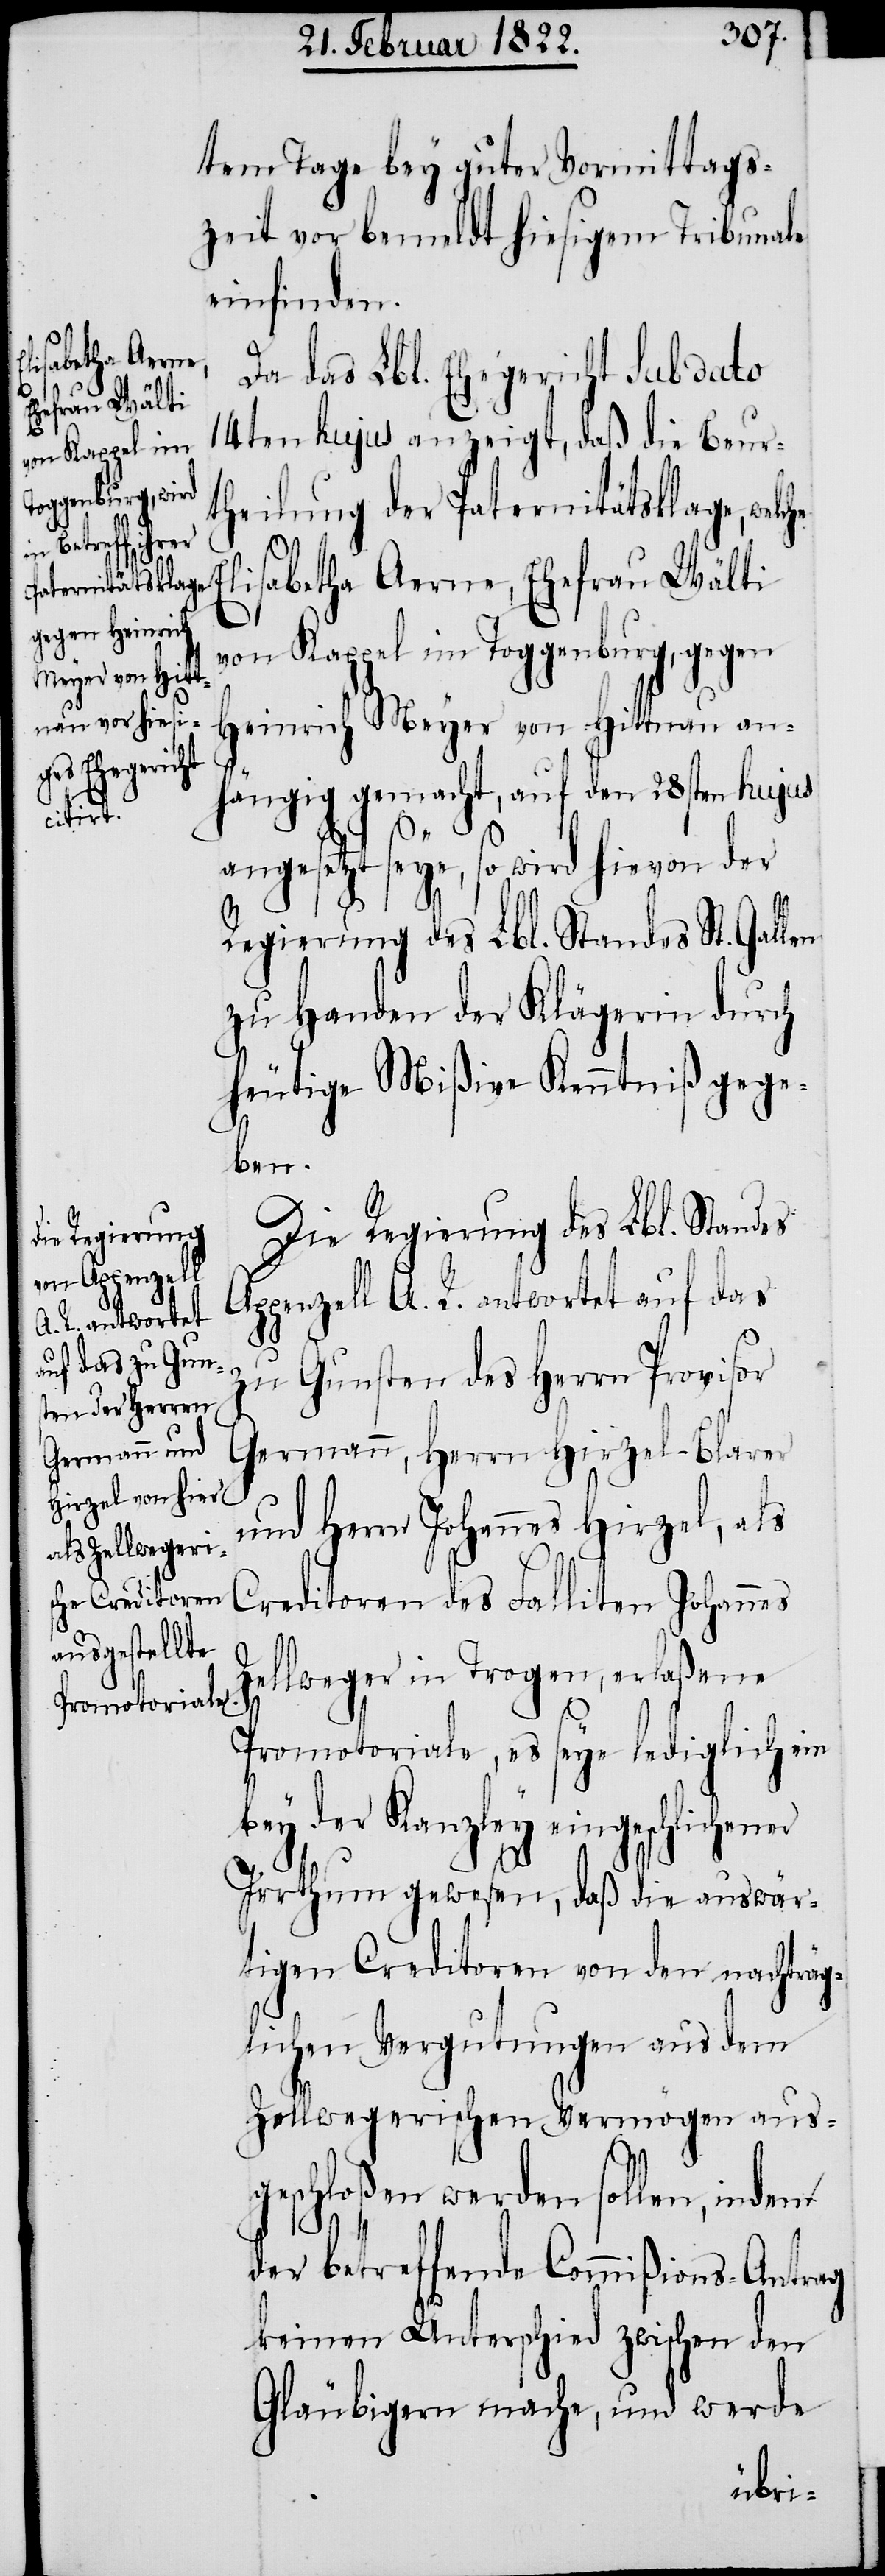
welche

tem Tage bey guter Vormittags¬
zeit vor bemeldt hiesigem Tribunale
einfinden.
Da das Lbl. Ehegericht sub dato
14ten hujus anzeigt, daß die Beur¬
theilung der Paternitätsklage,
lisabetha Aerne, Ehefrau Wälti
von Kappel im Toggenburg, gegen
Heinrich Meyer von Hittnau an¬
hängig gemacht, auf den 28sten hujus
er
angesetzt seye, so wird hievon der
Regierung des Lbl. Standes St. Gallen
zu Handen der Klägerin durch
heutige Mißive Kenntniß gege¬
ben.
Die Regierung des Lbl. Standes
Appenzell A. R. antwortet auf das
zu Gunsten des Herrn Provisor
und Herrn Johannes Hirzel, als
Creditoren des Falliten Johannes
Zellweger in Trogen, erlaßene
Promotoriale, es seye lediglich ein
bey der Kanzley eingeschlichen¬
Irrthum gewesen, daß die auswär¬
tigen Creditoren von den nachträg¬
lichen Vergutungen aus dem
Zellwegerischen Vermögen aus¬
geschloßen werden sollten,
der betreffende Commißions-Antrag
keinen Unterschied zwischen den
Gläubigern mache, und werde